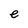
Character: e